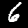
Digit: 6